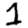
Digit: 1